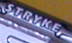
STRYKE